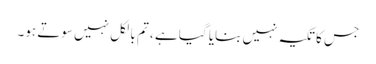
جس کا تکیہ نہیں بنایا گیا ہے ، تم بالکل نہیں سوتے ہو۔